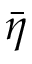
\bar { \eta }